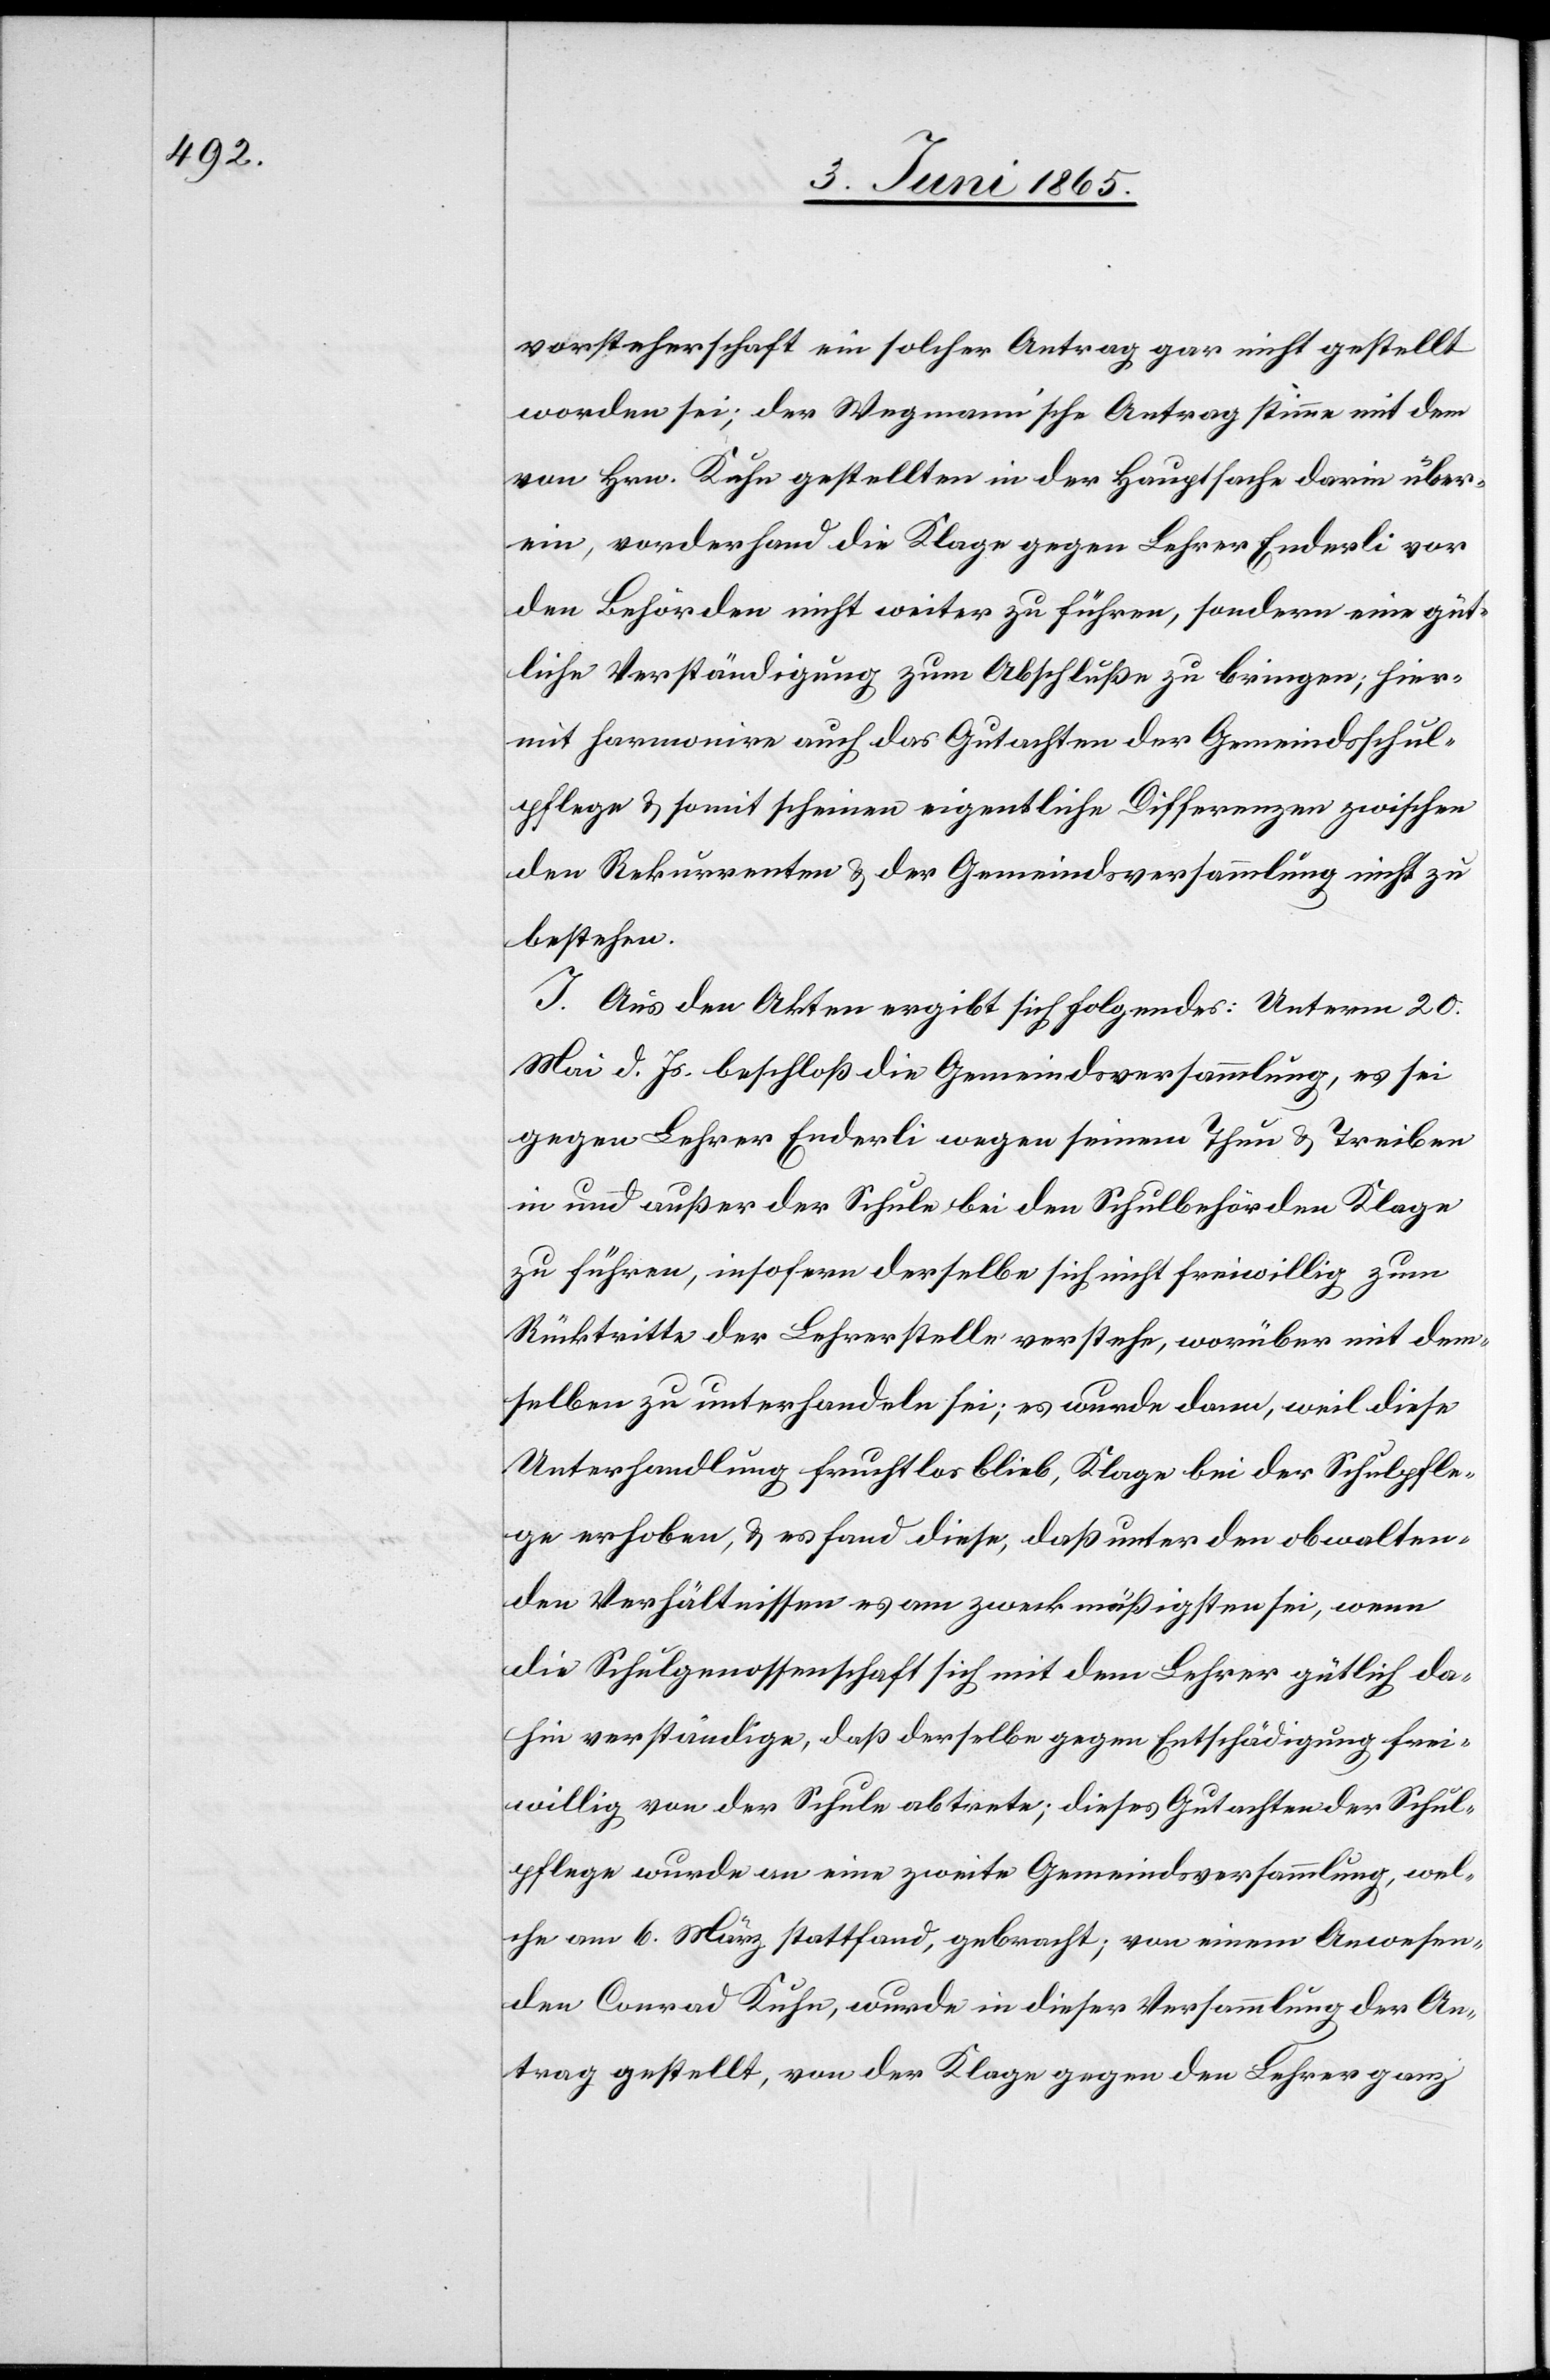
vorsteherschaft ein solcher Antrag gar nicht gestellt
worden sei; der Wegmann’sche Antrag stimme mit dem
von Hrn. Kuhn gestellten in der Hauptsache darin über¬
ein, vorderhand die Klage gegen Lehrer Enderli vor
den Behörden nicht weiter zu führen, sondern eine güt¬
liche Verständigung zum Abschluße zu bringen; hier¬
mit harmonire auch das Gutachten der Gemeindsschul¬
pflege & somit scheinen eigentliche Differenzen zwischen
den Rekurrenten & der Gemeindsversammlung nicht zu
bestehen.
J. Aus den Akten ergibt sich folgendes: Unterm 20.
Mai d. Js. beschloß die Gemeindsversammlung, es sei
gegen Lehrer Enderli wegen seinem Thun & Treiben
in und außer der Schule bei den Schulbehörden Klage
zu führen, insofern derselbe sich nicht freiwillig zum
Rücktritte der Lehrerstelle verstehe, worüber mit dem¬
selben zu unterhandeln sei; es wurde dann, weil diese
Unterhandlung fruchtlos blieb, Klage bei der Schulpfle¬
ge erhoben, & es fand diese, daß unter den obwalten¬
den Verhältnissen es am zweckmäßigsten sei, wenn
die Schulgenossenschaft sich mit dem Lehrer gütlich da¬
hin verständige, daß derselbe gegen Entschädigung frei¬
willig von der Schule abtrete; dieses Gutachten der Schul¬
pflege wurde an eine zweite Gemeindsversammlung, wel¬
che am 6. März stattfand, gebracht; von einem Anwesen¬
den Conrad Kuhn, wurde in dieser Versammlung der An¬
trag gestellt, von der Klage gegen den Lehrer ganz